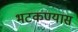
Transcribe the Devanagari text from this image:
भटकण्यास